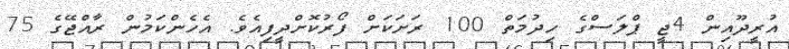
އުރީދޫއިން 4ޖީ ޕްލަސްގެ ހިދުމަތް 100 ރަށަކަށް ފޯރުކޮށްދީފިއެވެ. އެހެންކަމުން ރާއްޖޭގެ 75